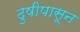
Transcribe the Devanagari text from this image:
ढुषीपासून